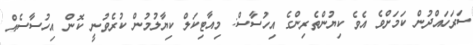
ސަރަހައްދުން ކަމަށްވެ އެވެ ކިޔުންތެރިންގެ އިހުސާސް: މިއާޓިކަލް ކިޔާލުމުން ކުރެވުނީ ކޮން އިހުސާސެއް